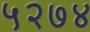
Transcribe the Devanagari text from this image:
५२७४